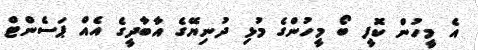
އެ މީހުން ކޮފީ ބޯ މީހުންގެ މުޅި ދުނިޔޭގެ އާބާދީގެ އެއް ޕަސެންޓް